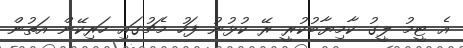
އެ ޓީމު ލީގު ކާމިޔާބުކުރީ ރޭ ކުޅުނު ފަހު މެޗުގައި ހަރިކޭން އަތުން